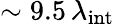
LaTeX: \sim 9.5\, \lambda_{\mathrm{{int}}}